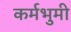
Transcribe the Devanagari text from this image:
कर्मभुमी